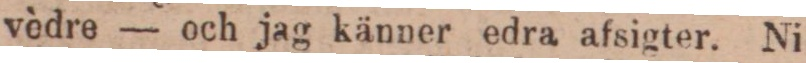
vèdre — och jag känner edra afsigter. Ni